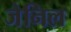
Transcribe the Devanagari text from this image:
जेनिल